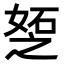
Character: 𪦆